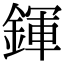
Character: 鍕